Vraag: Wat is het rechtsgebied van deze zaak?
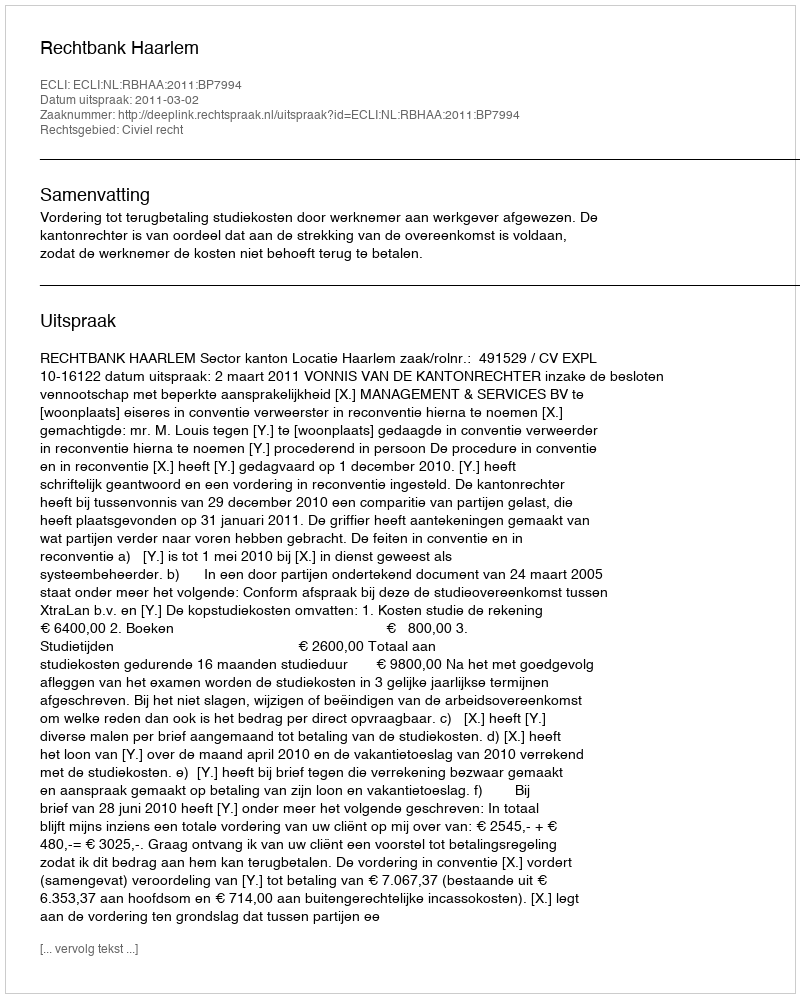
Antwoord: Civiel recht